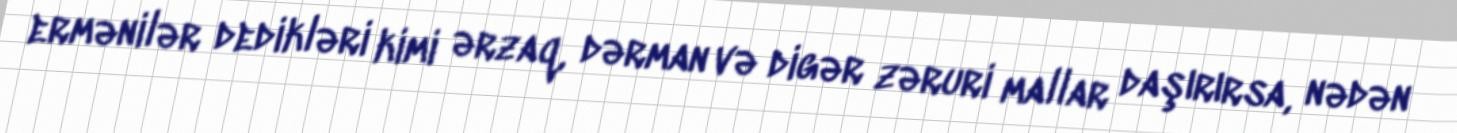
ermənilər dedikləri kimi ərzaq, dərman və digər zəruri mallar daşırırsa, nədən